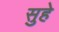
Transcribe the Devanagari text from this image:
सुहे